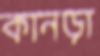
কানড়া